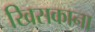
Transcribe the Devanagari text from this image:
खिसकाना